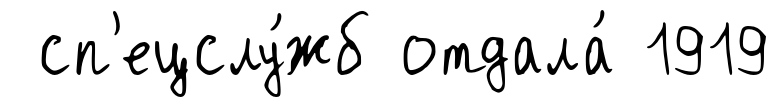
сп'ецслу́жб отдала́ 1919